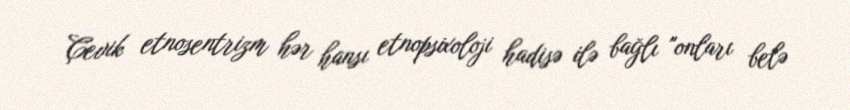
Çevik etnosentrizm hər hansı etnopsixoloji hadisə ilə bağlı "onları belə